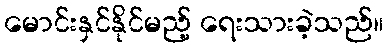
မောင်းနှင်နိုင်မည့် ရေးသားခဲ့သည်။